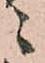
ニ